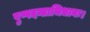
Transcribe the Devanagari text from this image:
पुष्पदन्ताभिधानः।